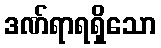
ဒဏ်ရာရရှိသော